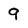
Character: 9